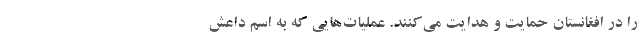
را در افغانستان حمايت و هدايت مي‌كنند. عمليات‌هايي كه به اسم داعش